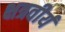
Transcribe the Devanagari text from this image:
क्षत्रवीर्य